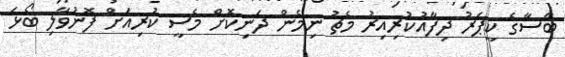
ބާސާގެ ކީޕަރު ދިފާއުކުރިއިރު މެޗު ނިމެން ދަނިކޮށް މެސީ ކުރިއަށް ފޮނުވާލި ބޯޅަ